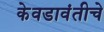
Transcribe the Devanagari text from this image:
केवडावंतीचे